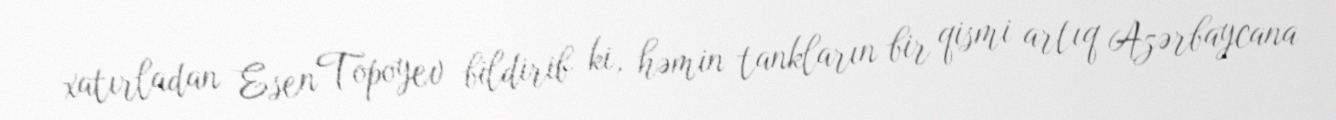
xatırladan Esen Topoyev bildirib ki, həmin tankların bir qismi artıq Azərbaycana